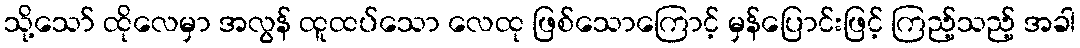
သို့သော် ထိုလေမှာ အလွန် ထူထပ်သော လေထု ဖြစ်သောကြောင့် မှန်ပြောင်းဖြင့် ကြည့်သည့် အခါ